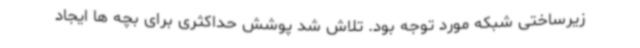
زیرساختی شبکه مورد توجه بود. تلاش شد پوشش حداکثری برای بچه ها ایجاد